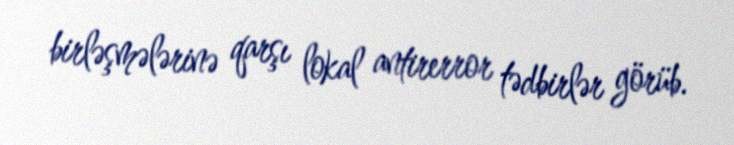
birləşmələrinə qarşı lokal antirerror tədbirlər görüb.